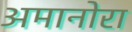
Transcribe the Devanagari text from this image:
अमानोरा